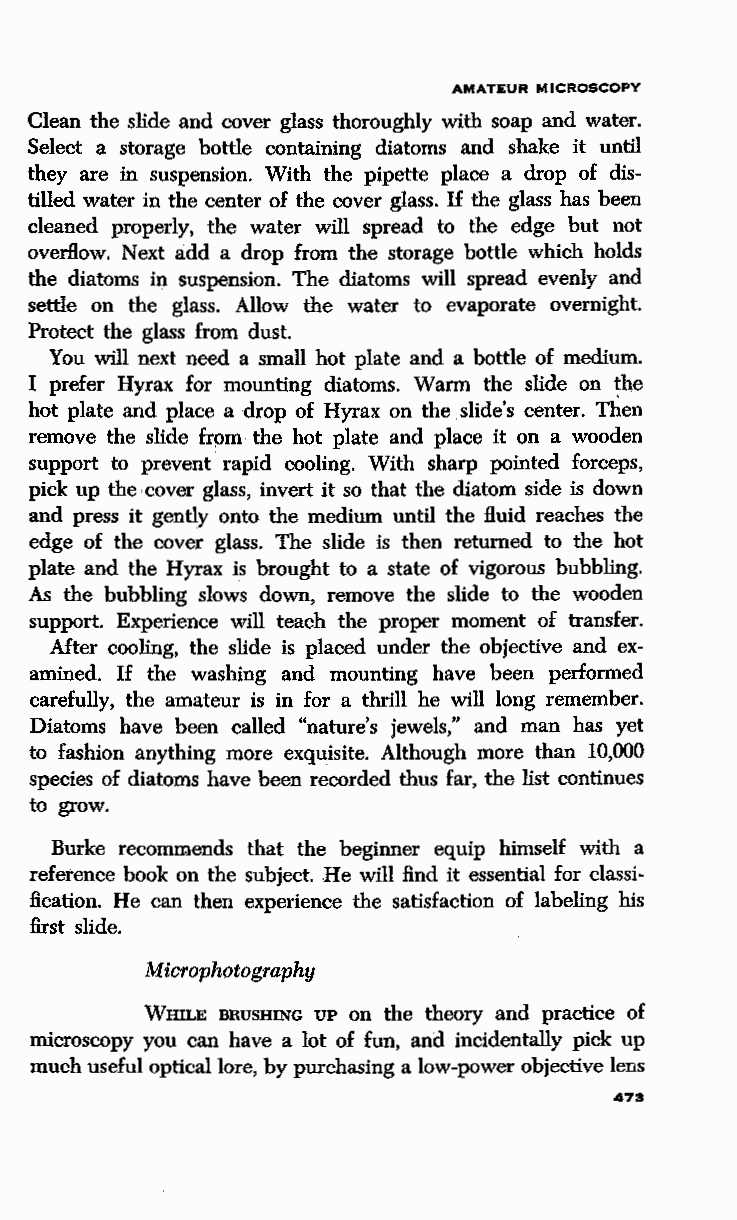
i
 ~               AMATEUR MICROSCOPY
 Clean the slide and cover glass thoroughly with soap and water.
 Select a storage b ttle containing diatoms and shake it until
 they are in suspension. With the pipette place a drop of dis-
 tilled water in the c1e nter of the cover glass. If the glass has been
 cleaned properly, the water will spread to the edge but not
 overflow. Next add a drop from the storage bottle which holds
 the diatoms in sus ension. The diatoms will spread evenly and
 settle on the glass. Allow the water to evaporate overnight.
 Protect the glass fr m dust.
 You will next ne d a small hot plate and a bottle of medium.
 I prefer Hyrax for mounting diatoms. Warm the slide on the
 hot plate and place a drop of Hyrax on the slide's center. Then
 remove the slide from the hot plate and place it on a wooden
 support to prevent rapid cooling. With sharp pointed forceps,
 pick up the cover glass, invert it so that the diatom side is down
 and press it gently onto the medium until the fluid reaches the
 edge of the cover glass. The slide is then returned to the hot
 plate and the Hyrax is brought to a state of vigorous bubbling.
 As the bubbling slows down, remove the slide to the wooden
 support. Experience will teach the proper moment of transfer.
 After cooling, the slide is placed under the objective and ex
 amined. If the washing and mounting have been performed
 carefully, the amateur is in for a thrill he will long remember.
 Diatoms have been called "nature's jewels," and man has yet
 to fashion anything more exquisite. Although more than 10,000
 species of diatoms have been recorded thus far, the list continues
 to grow.
 Burke recommends that the beginner equip himself with a
 reference book on the subject. He will find it essential for classi
 fication. He can then experience the satisfaction of labeling his
 first slide.
 Microphotography
 WHn.E BRUSHING UP on the theory and practice of
 microscopy you can have a lot of fun, and incidentally pick up
 much useful optical lore, by purchasing a low-power objective lens
 473